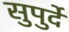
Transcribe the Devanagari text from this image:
सुपुर्दे